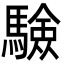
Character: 𩥾